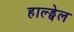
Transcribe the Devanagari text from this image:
हाल्ड्वेल